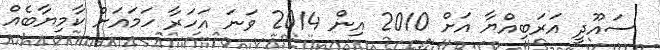
ސައޫދީ އަރަބިއްޔާ އަށް 2010 އިން 2014 ވަނަ އަހަރާ ހަމައަށް ކާމިޔާބެއް